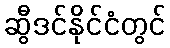
ဆွီဒင်နိုင်ငံတွင်